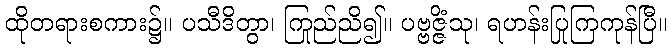
ထိုတရားစကား၌။ ပသီဒိတွာ၊ ကြည်ညို၍။ ပဗ္ဗဇ္ဇိံသု၊ ရဟန်းပြုကြကုန်ပြီ။